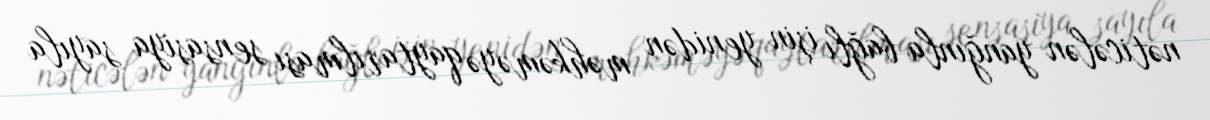
nəticələn yanğınla bağlı işin yenidən məhkəməyə qaytarılması sensasiya sayıla